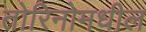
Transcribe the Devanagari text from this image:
तोरिनोमधील